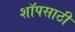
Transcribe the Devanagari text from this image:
शॉपसाठी